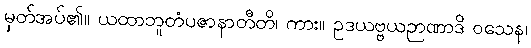
မှတ်အပ်၏။ ယထာဘူတံပဇာနာတီတိ၊ ကား။ ဥဒယဗ္ဗယဉာဏာဒိ ဝသေန၊